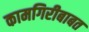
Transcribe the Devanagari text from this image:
कामगिरीबाबत